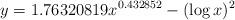
LaTeX: \begin{align*}y=1.76320819x^{0.432852}-(\log x)^{2}\end{align*}